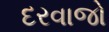
દરવાજો